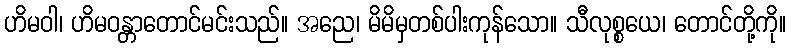
ဟိမဝါ၊ ဟိမဝန္တာတောင်မင်းသည်။ အညေ၊ မိမိမှတစ်ပါးကုန်သော။ သီလုစ္စယေ၊ တောင်တို့ကို။